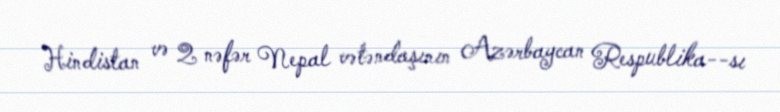
Hindistan və 2 nəfər Nepal vətəndaşının Azərbaycan Respublika­­sı